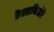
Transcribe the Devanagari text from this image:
कैस्ताफिओरे